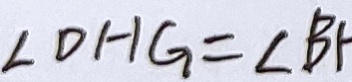
\angle D H G = \angle B